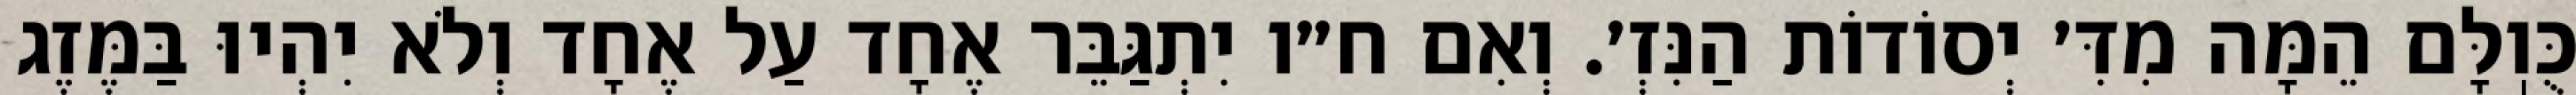
כֻּוֽלָּם הֵמָּה מִדִּ׳ יְסוֹדוֹת הַנִּזְ׳. וְאִם ח״ו יִתְגַּבֵּר אֶחָד עַל אֶחָד וְלֹא יִהְיוּ בַּמֶּזֶג